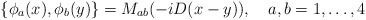
\begin{align*}\{\phi_a(x),\phi_b(y)\}=M_{ab}(-iD(x-y)),\quad a,b=1,\ldots,4\end{align*}